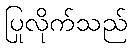
ပြုလိုက်သည်